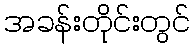
အခန်းတိုင်းတွင်